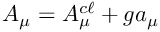
{ \cal A } _ { \mu } = { \cal A } _ { \mu } ^ { c \ell } + g a _ { \mu }